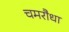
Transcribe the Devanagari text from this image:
चमरौधा